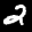
Label: 2